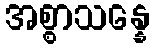
အစ္စာသန္နေ